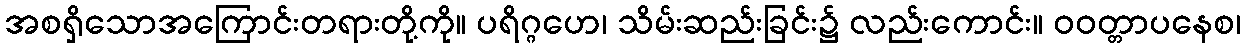
အစရှိသောအကြောင်းတရားတို့ကို။ ပရိဂ္ဂဟေ၊ သိမ်းဆည်းခြင်း၌ လည်းကောင်း။ ဝဝတ္တာပနေစ၊